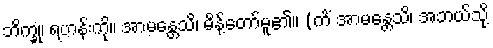
ဘိက္ခုံ၊ ရဟန်းကို။ အာမန္တေသိ၊ မိန့်တော်မူ၏။ (ကိံ အာမန္တေသိ၊ အဘယ်သို့